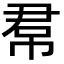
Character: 帬